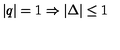
| q | = 1 \Rightarrow | \Delta | \leq 1